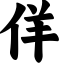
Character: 佯